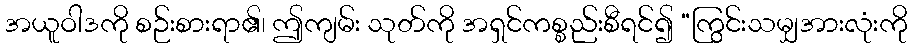
အယူဝါဒကို စဉ်းစားရာ၏၊ ဤကျမ်း သုတ်ကို အရှင်ကစ္စည်းစီရင်၍ “ကြွင်းသမျှအားလုံးကို